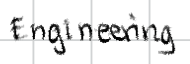
Text: Engineering
Cross-out: clean
Writing tool: digital_black